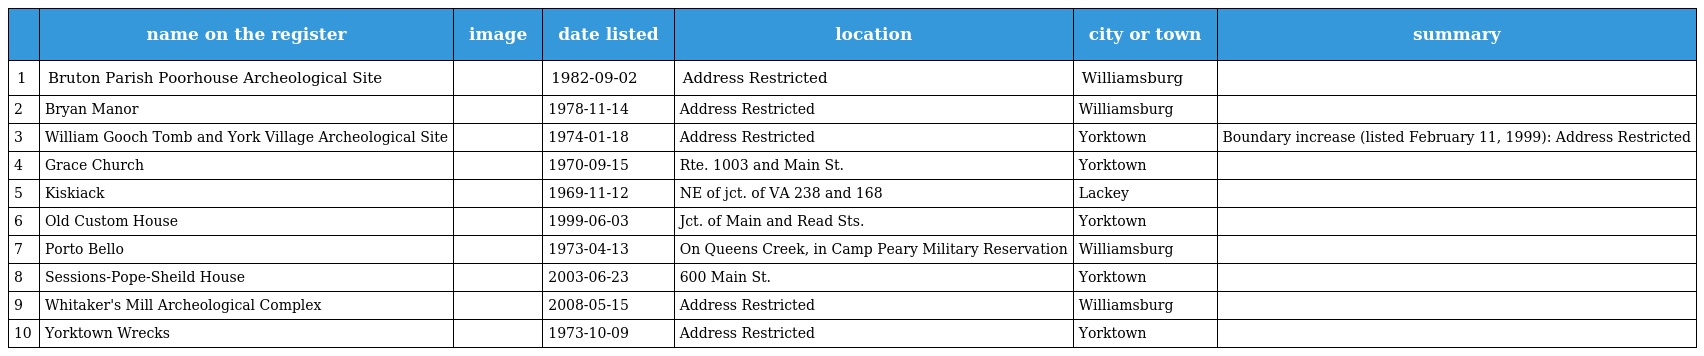
|  | name on the register | image | date listed | location | city or town | summary |
 | --- | --- | --- | --- | --- | --- | --- |
 | 1 | Bruton Parish Poorhouse Archeological Site |  | 1982-09-02 | Address Restricted | Williamsburg |  |
 | 2 | Bryan Manor |  | 1978-11-14 | Address Restricted | Williamsburg |  |
 | 3 | William Gooch Tomb and York Village Archeological Site |  | 1974-01-18 | Address Restricted | Yorktown | Boundary increase (listed February 11, 1999): Address Restricted |
 | 4 | Grace Church |  | 1970-09-15 | Rte. 1003 and Main St. | Yorktown |  |
 | 5 | Kiskiack |  | 1969-11-12 | NE of jct. of VA 238 and 168 | Lackey |  |
 | 6 | Old Custom House |  | 1999-06-03 | Jct. of Main and Read Sts. | Yorktown |  |
 | 7 | Porto Bello |  | 1973-04-13 | On Queens Creek, in Camp Peary Military Reservation | Williamsburg |  |
 | 8 | Sessions-Pope-Sheild House |  | 2003-06-23 | 600 Main St. | Yorktown |  |
 | 9 | Whitaker's Mill Archeological Complex |  | 2008-05-15 | Address Restricted | Williamsburg |  |
 | 10 | Yorktown Wrecks |  | 1973-10-09 | Address Restricted | Yorktown |  |